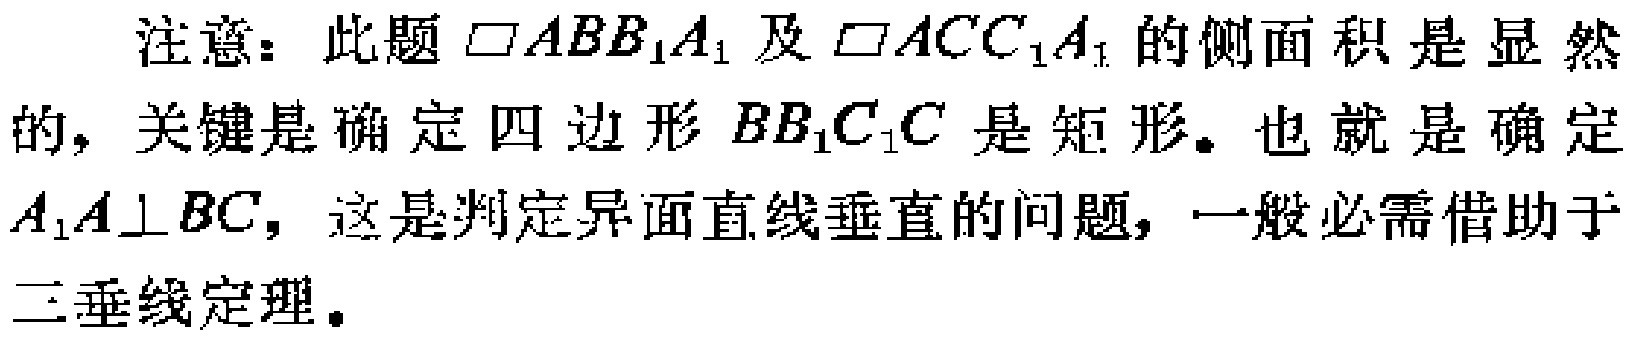
注意：此题$\square ABB_{1}A_{1}$及$\square ACC_{1}A_{1}$的侧面积是显然的，关键是确定四边形$BB_{1}C_{1}C$是矩形。也就是确定$A_{1}A\perp BC$，这是判定异面直线垂直的问题，一般必需借助于三垂线定理。